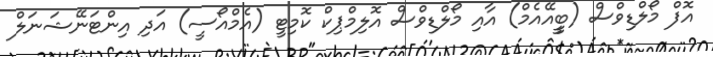
އޮފް މޯލްޑިވްސް (ބީީއޭއެމް) އާއި މޯލްޑިވްސް އޮލިމްޕިކް ކޮމިޓީ (އެމްއޯސީ) އަދި އިންޓަނޭޝަނަލް